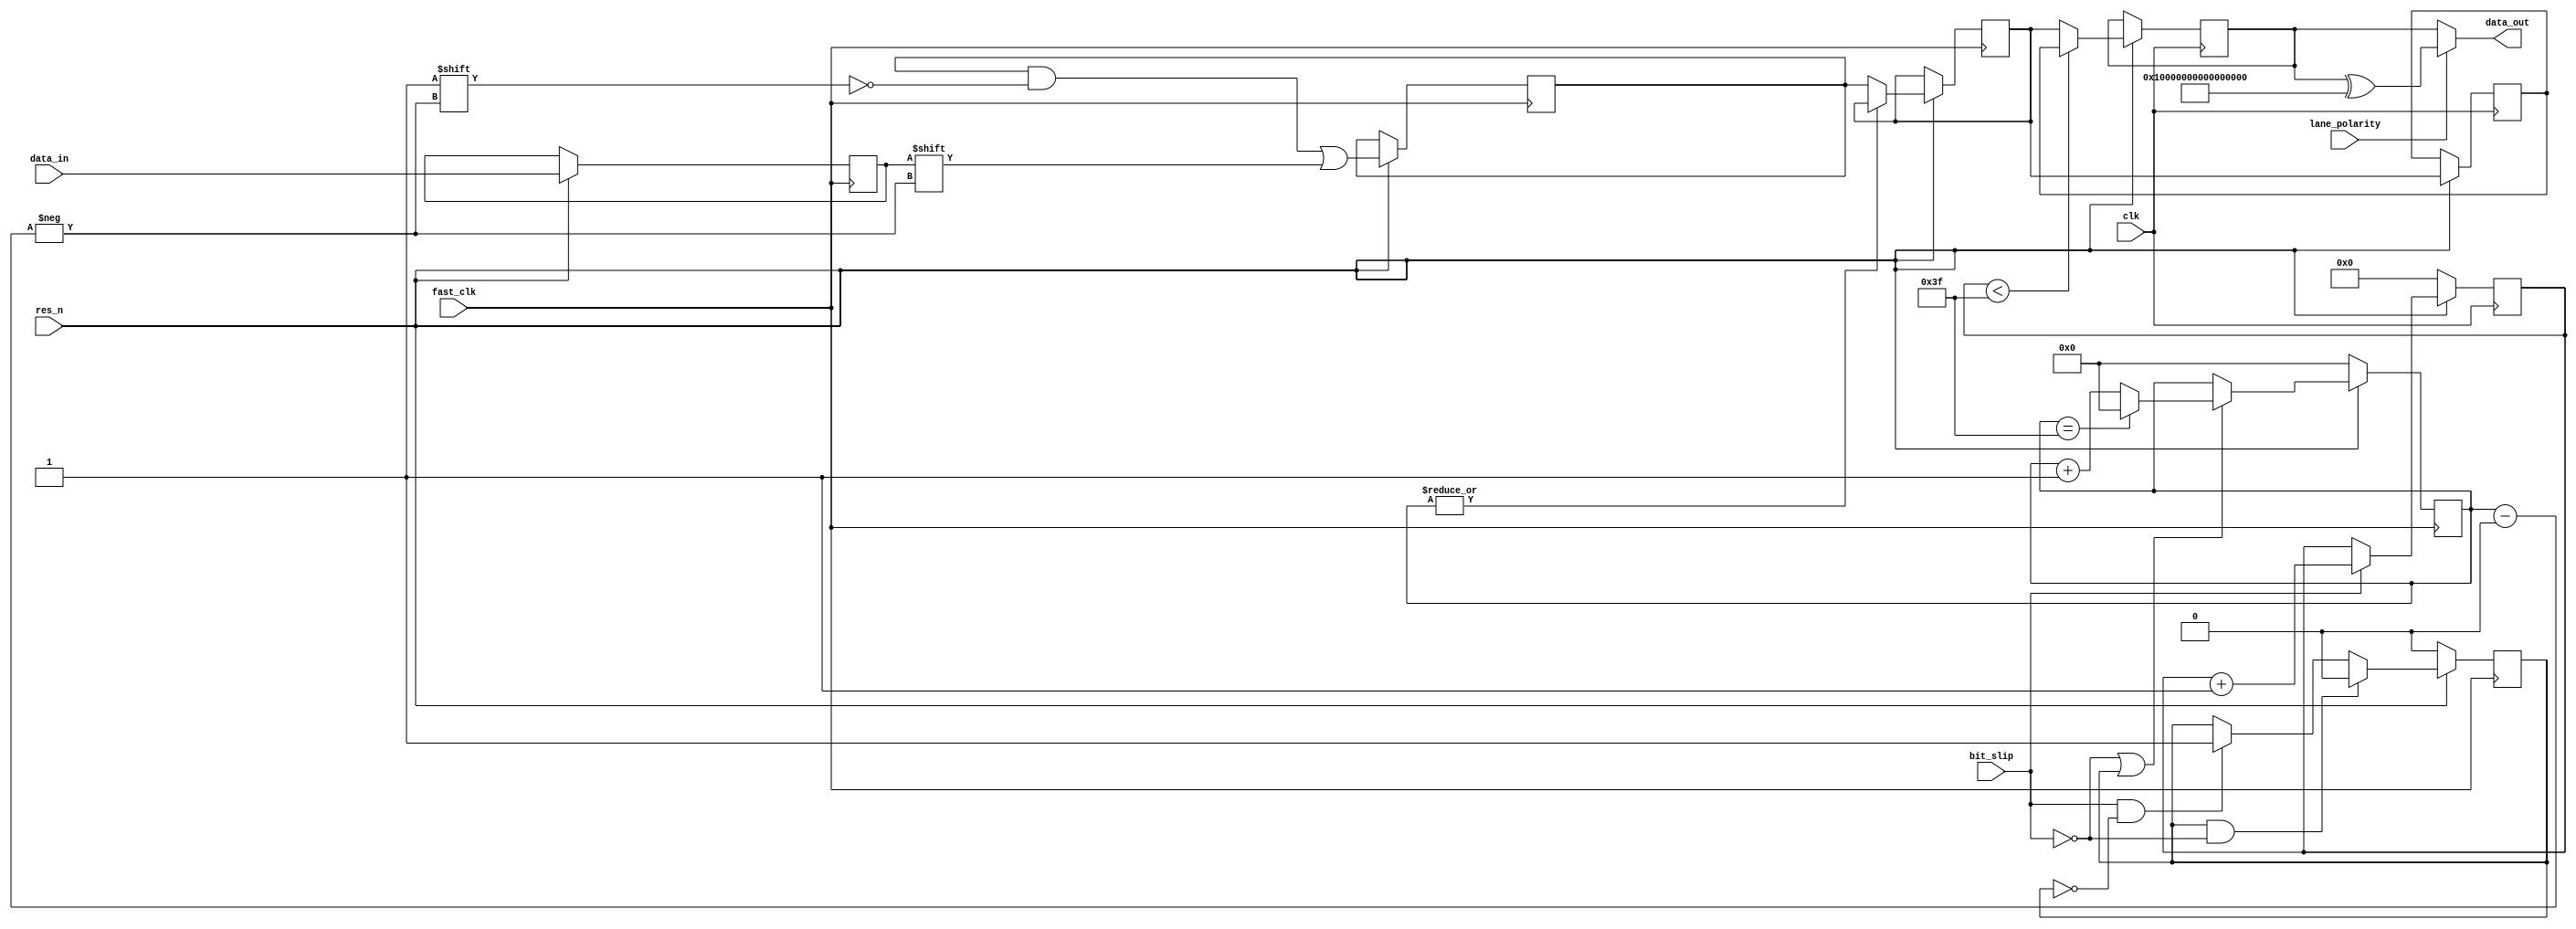
/*
 *                              .--------------. .----------------. .------------.
 *                             | .------------. | .--------------. | .----------. |
 *                             | | ____  ____ | | | ____    ____ | | |   ______ | |
 *                             | ||_   ||   _|| | ||_   \  /   _|| | | .' ___  || |
 *       ___  _ __   ___ _ __  | |  | |__| |  | | |  |   \/   |  | | |/ .'   \_|| |
 *      / _ \| '_ \ / _ \ '_ \ | |  |  __  |  | | |  | |\  /| |  | | || |       | |
 *       (_) | |_) |  __/ | | || | _| |  | |_ | | | _| |_\/_| |_ | | |\ `.___.'\| |
 *      \___/| .__/ \___|_| |_|| ||____||____|| | ||_____||_____|| | | `._____.'| |
 *           | |               | |            | | |              | | |          | |
 *           |_|               | '------------' | '--------------' | '----------' |
 *                              '--------------' '----------------' '------------'
 *
 *  openHMC - An Open Source Hybrid Memory Cube Controller
 *  (C) Copyright 2014 Computer Architecture Group - University of Heidelberg
 *  www.ziti.uni-heidelberg.de
 *  B6, 26
 *  68159 Mannheim
 *  Germany
 *
 *  Contact: openhmc@ziti.uni-heidelberg.de
 *  http://ra.ziti.uni-heidelberg.de/openhmc
 *
 *   This source file is free software: you can redistribute it and/or modify
 *   it under the terms of the GNU Lesser General Public License as published by
 *   the Free Software Foundation, either version 3 of the License, or
 *   (at your option) any later version.
 *
 *   This source file is distributed in the hope that it will be useful,
 *   but WITHOUT ANY WARRANTY; without even the implied warranty of
 *   MERCHANTABILITY or FITNESS FOR A PARTICULAR PURPOSE.  See the
 *   GNU Lesser General Public License for more details.
 *
 *   You should have received a copy of the GNU Lesser General Public License
 *   along with this source file.  If not, see <http://www.gnu.org/licenses/>.
 *
 *
 */
module deserializer #(
	parameter LOG_DWIDTH=7,
	parameter DWIDTH=64
)
(
	input  wire 			clk,
	input  wire 			res_n,
	input  wire 			fast_clk,
	input  wire 			bit_slip,
	input  wire 			data_in,
	output wire [DWIDTH-1:0]data_out,
	input  wire 			lane_polarity
);

reg [DWIDTH-1:0] 	tmp_buffer;
reg [DWIDTH-1:0] 	buffer;
reg [DWIDTH-1:0] 	buffer2;
reg [DWIDTH-1:0] 	data_out_temp;
reg [LOG_DWIDTH-1:0]curr_bit = 'h0;
reg [5:0]			bit_slip_cnt;
reg 				bit_slip_done = 1'b0;

reg d_in_dly;

assign data_out = lane_polarity ? data_out_temp^{DWIDTH{1'b1}} : data_out_temp;

// SEQUENTIAL PROCESS
always @ (posedge fast_clk) begin
	if(!res_n) begin
		curr_bit 		<= {LOG_DWIDTH{1'b0}};
		bit_slip_done 	<= 1'b0;
	end else begin	
		
		d_in_dly <= data_in;

		if (!bit_slip || bit_slip_done) begin
			if(curr_bit == DWIDTH-1) begin
				curr_bit <= 0;
			end else begin
				curr_bit 	 <= curr_bit + 1;
			end
		end

		if (bit_slip && !bit_slip_done)
			bit_slip_done <= 1'b1;

		if (bit_slip_done && !bit_slip)
			bit_slip_done <= 1'b0;

		if (|curr_bit == 1'b0) begin
			buffer <= tmp_buffer;
		end
		tmp_buffer[curr_bit] <= d_in_dly;
 	end
end

always @ (posedge clk) begin
	if(!res_n) begin
		bit_slip_cnt <= 6'h0;
	end else begin
		if(bit_slip)
			bit_slip_cnt <= bit_slip_cnt + 1;

		buffer2 <= buffer;
		
		if(bit_slip_cnt < DWIDTH-1) begin
			data_out_temp <= buffer2;
		end else begin
			data_out_temp <= buffer;
		end
	end
end

endmodule